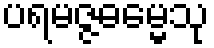
ပရမဇ္ဇဓမ္မေသု